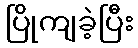
ပြိုကျခဲ့ပြီး